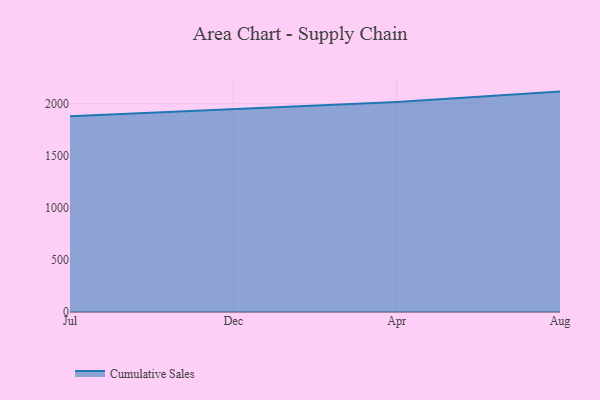
{"axis": {"x": "Month", "y": "Page Views"}, "legend": ["Cumulative Sales"], "data": [{"x": "Jul", "y": 1878.9, "type": "Cumulative Sales"}, {"x": "Dec", "y": 1946.5, "type": "Cumulative Sales"}, {"x": "Apr", "y": 2016.4, "type": "Cumulative Sales"}, {"x": "Aug", "y": 2116.6, "type": "Cumulative Sales"}]}